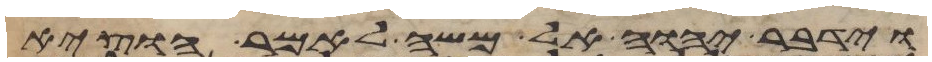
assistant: וידבר יהוה אל משה לאמר הוציא